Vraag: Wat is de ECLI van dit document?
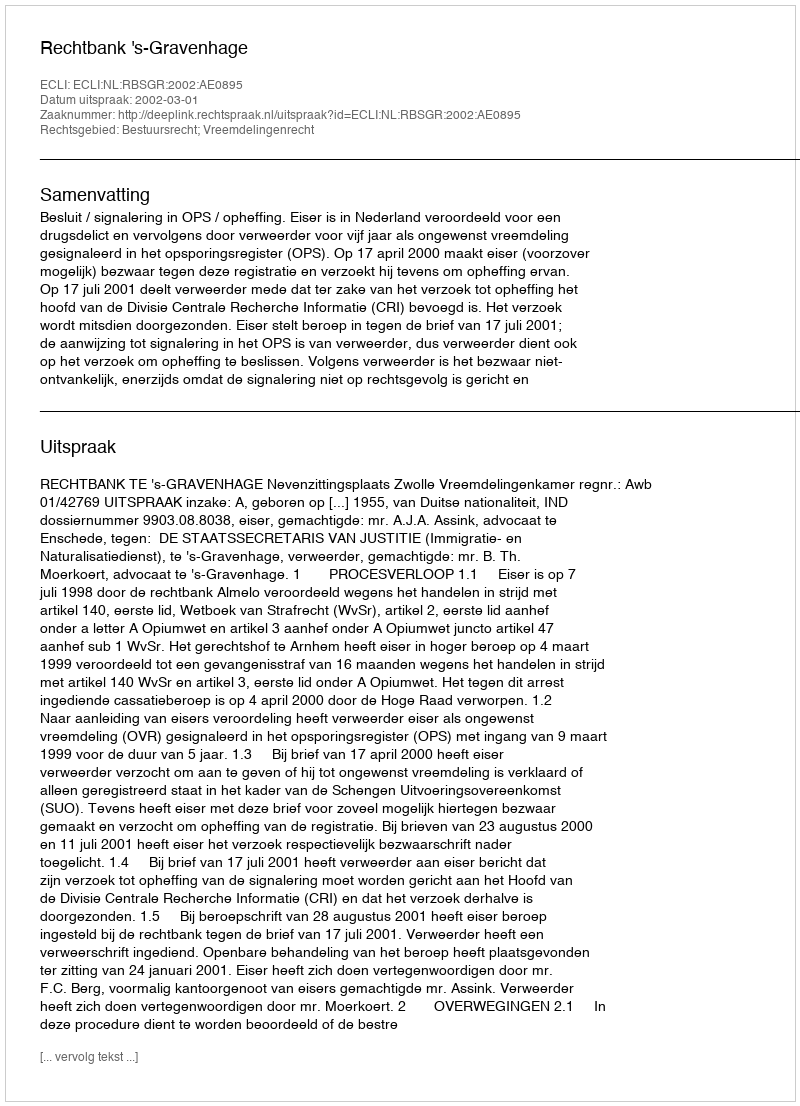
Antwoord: ECLI:NL:RBSGR:2002:AE0895